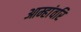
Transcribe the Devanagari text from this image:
आम्हांवरि